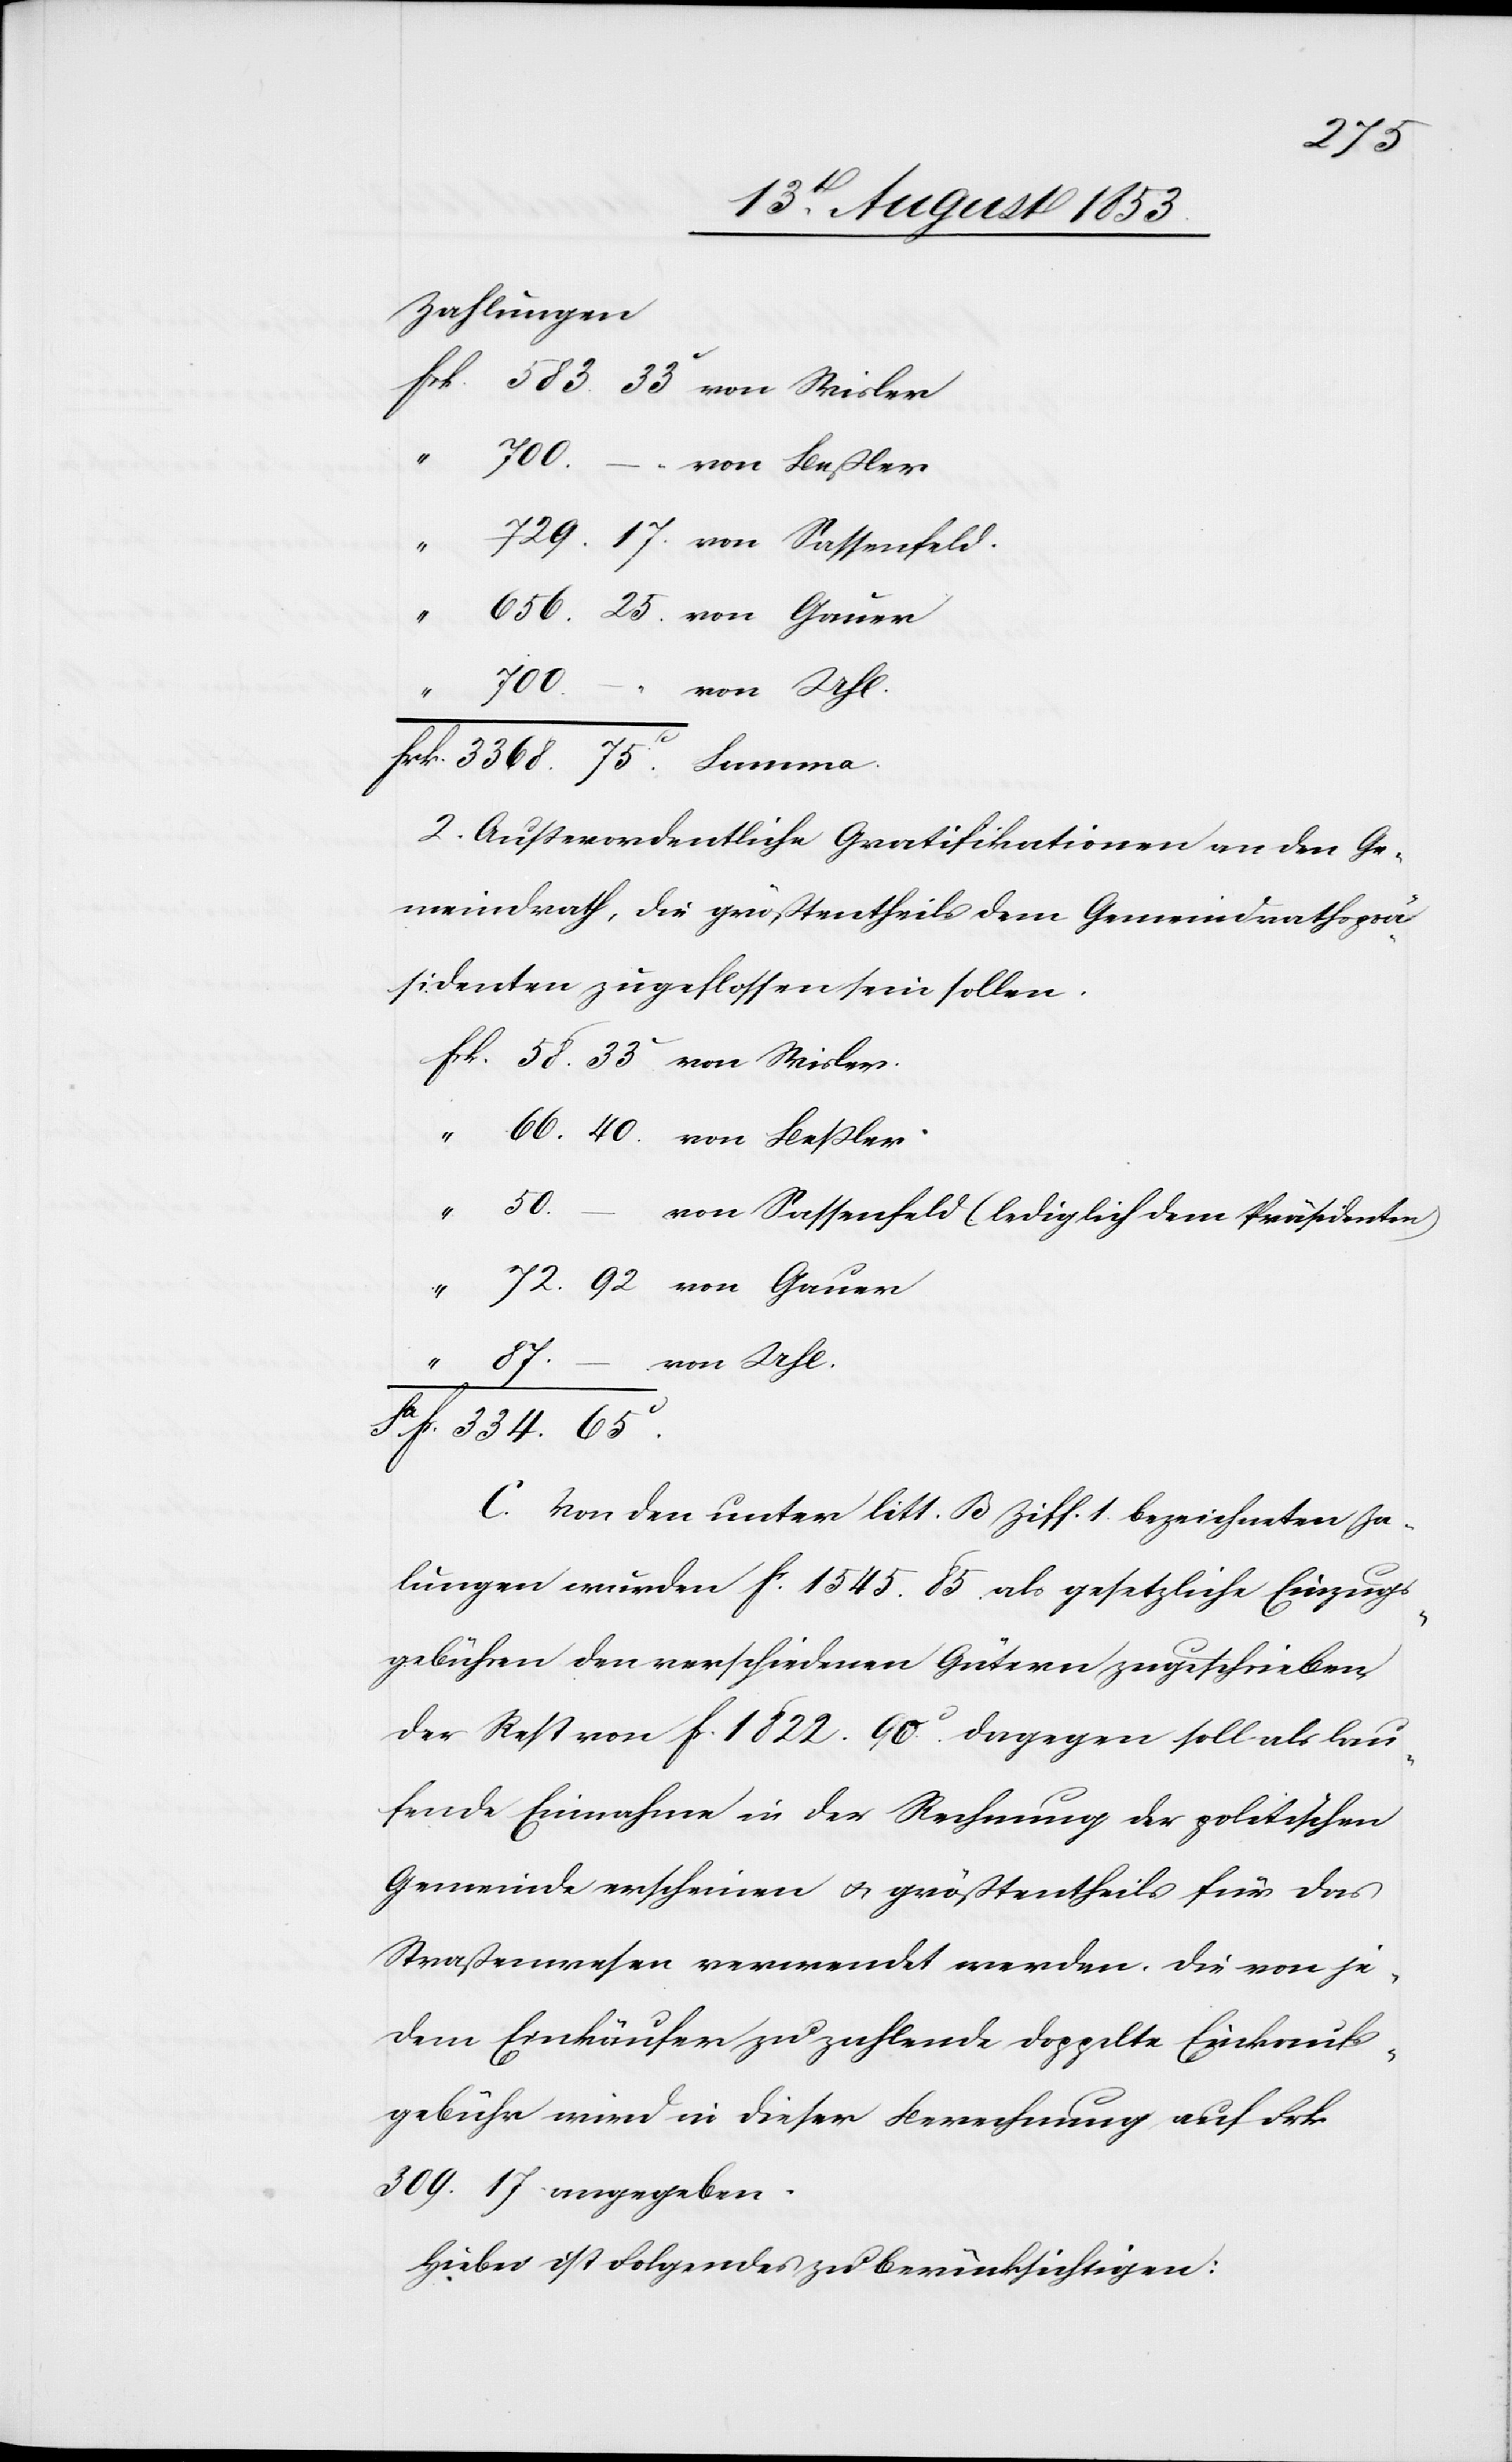
87.
Zahlungen
frk 583. 33c von Wisler.
“	 700. – von Beßler.
“	 729. 17 von Sassenfeld.
50.
656. 25 von Gauer
frk. 3368. 75c Summa.
2. Außerordentliche Gratifikationen an den Ge¬
meindrath, die größtentheils dem Gemeindrathsprä¬
sidenten zugeflossen sein sollen.
–
frk. 58.33c von Wisler
“	 66.40 von Beßler.
von Sassenfeld (lediglich dem Präsidenten)
72.92 von Gauer
von Uhl
Sa fr. 334.65c
C. Von den unter litt. B. Ziff 1. Bezeichneten Zah¬
lungen wurden fr 1545. 85 als gesetzliche Einzugs¬
gebühren der verschiedenen Gütern zugeschrieben
der Rest von fr. 1822. 90c dagegen soll als lau¬
fende Einnahme in der Rechnung der politischen
Gemeinde erscheinen u. größtentheils für das
Straßenwesen verwendet werden. Die von je¬
dem Einkäufer zu zahlende doppelte Einkaufs¬
gebühr wird in dieser Berechnung auf Frk.
309. 17 angegeben.
Hiebei ist Folgendes zu berücksichtigen: